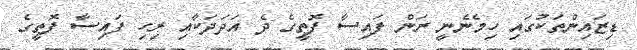
ޑިޒައިންތަކުގައި ހިމެނެނީ ރަން ފައިސާ ފޮތީގެ ދެ އަދަދަކާއި ރިހި ފައިސާ ފޮތީގެ